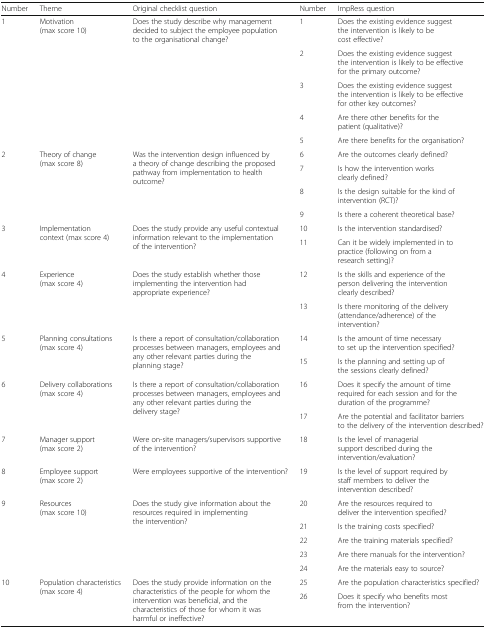
<table><thead><tr><td><b>Number</b></td><td><b>Theme</b></td><td><b>Original checklist question</b></td><td><b>Number</b></td><td><b>ImpRess question</b></td></tr></thead><tbody><tr><td rowspan="5">1</td><td rowspan="5">Motivation (max score 10)</td><td rowspan="5">Does the study describe why management decided to subject the employee population to the organisational change?</td><td>1</td><td>Does the existing evidence suggest the intervention is likely to be cost effective?</td></tr><tr><td>2</td><td>Does the existing evidence suggest the intervention is likely to be effective for the primary outcome?</td></tr><tr><td>3</td><td>Does the existing evidence suggest the intervention is likely to be effective for other key outcomes?</td></tr><tr><td>4</td><td>Are there other benefits for the patient (qualitative)?</td></tr><tr><td>5</td><td>Are there benefits for the organisation?</td></tr><tr><td rowspan="4">2</td><td rowspan="4">Theory of change (max score 8)</td><td rowspan="4">Was the intervention design influenced by a theory of change describing the proposed pathway from implementation to health outcome?</td><td>6</td><td>Are the outcomes clearly defined?</td></tr><tr><td>7</td><td>Is how the intervention works clearly defined?</td></tr><tr><td>8</td><td>Is the design suitable for the kind of intervention (RCT)?</td></tr><tr><td>9</td><td>Is there a coherent theoretical base?</td></tr><tr><td rowspan="2">3</td><td rowspan="2">Implementation context (max score 4)</td><td rowspan="2">Does the study provide any useful contextual information relevant to the implementation of the intervention?</td><td>10</td><td>Is the intervention standardised?</td></tr><tr><td>11</td><td>Can it be widely implemented in to practice (following on from a research setting)?</td></tr><tr><td rowspan="2">4</td><td rowspan="2">Experience (max score 4)</td><td rowspan="2">Does the study establish whether those implementing the intervention had appropriate experience?</td><td>12</td><td>Is the skills and experience of the person delivering the intervention clearly described?</td></tr><tr><td>13</td><td>Is there monitoring of the delivery (attendance/adherence) of the intervention?</td></tr><tr><td rowspan="2">5</td><td rowspan="2">Planning consultations (max score 4)</td><td rowspan="2">Is there a report of consultation/collaboration processes between managers, employees and any other relevant parties during the planning stage?</td><td>14</td><td>Is the amount of time necessary to set up the intervention specified?</td></tr><tr><td>15</td><td>Is the planning and setting up of the sessions clearly defined?</td></tr><tr><td rowspan="2">6</td><td rowspan="2">Delivery collaborations (max score 4)</td><td rowspan="2">Is there a report of consultation/collaboration processes between managers, employees and any other relevant parties during the delivery stage?</td><td>16</td><td>Does it specify the amount of time required for each session and for the duration of the programme?</td></tr><tr><td>17</td><td>Are the potential and facilitator barriers to the delivery of the intervention described?</td></tr><tr><td>7</td><td>Manager support (max score 2)</td><td>Were on-site managers/supervisors supportive of the intervention?</td><td>18</td><td>Is the level of managerial support described during the intervention/evaluation?</td></tr><tr><td>8</td><td>Employee support (max score 2)</td><td>Were employees supportive of the intervention?</td><td>19</td><td>Is the level of support required by staff members to deliver the intervention described?</td></tr><tr><td rowspan="5">9</td><td rowspan="5">Resources (max score 10)</td><td rowspan="5">Does the study give information about the resources required in implementing the intervention?</td><td>20</td><td>Are the resources required to deliver the intervention specified?</td></tr><tr><td>21</td><td>Is the training costs specified?</td></tr><tr><td>22</td><td>Are the training materials specified?</td></tr><tr><td>23</td><td>Are there manuals for the intervention?</td></tr><tr><td>24</td><td>Are the materials easy to source?</td></tr><tr><td rowspan="2">10</td><td rowspan="2">Population characteristics (max score 4)</td><td rowspan="2">Does the study provide information on the characteristics of the people for whom the intervention was beneficial, and the characteristics of those for whom it was harmful or ineffective?</td><td>25</td><td>Are the population characteristics specified?</td></tr><tr><td>26</td><td>Does it specify who benefits most from the intervention?</td></tr></tbody></table>